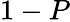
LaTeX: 1-P